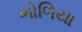
ભોળિયા